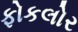
ફોકલોર